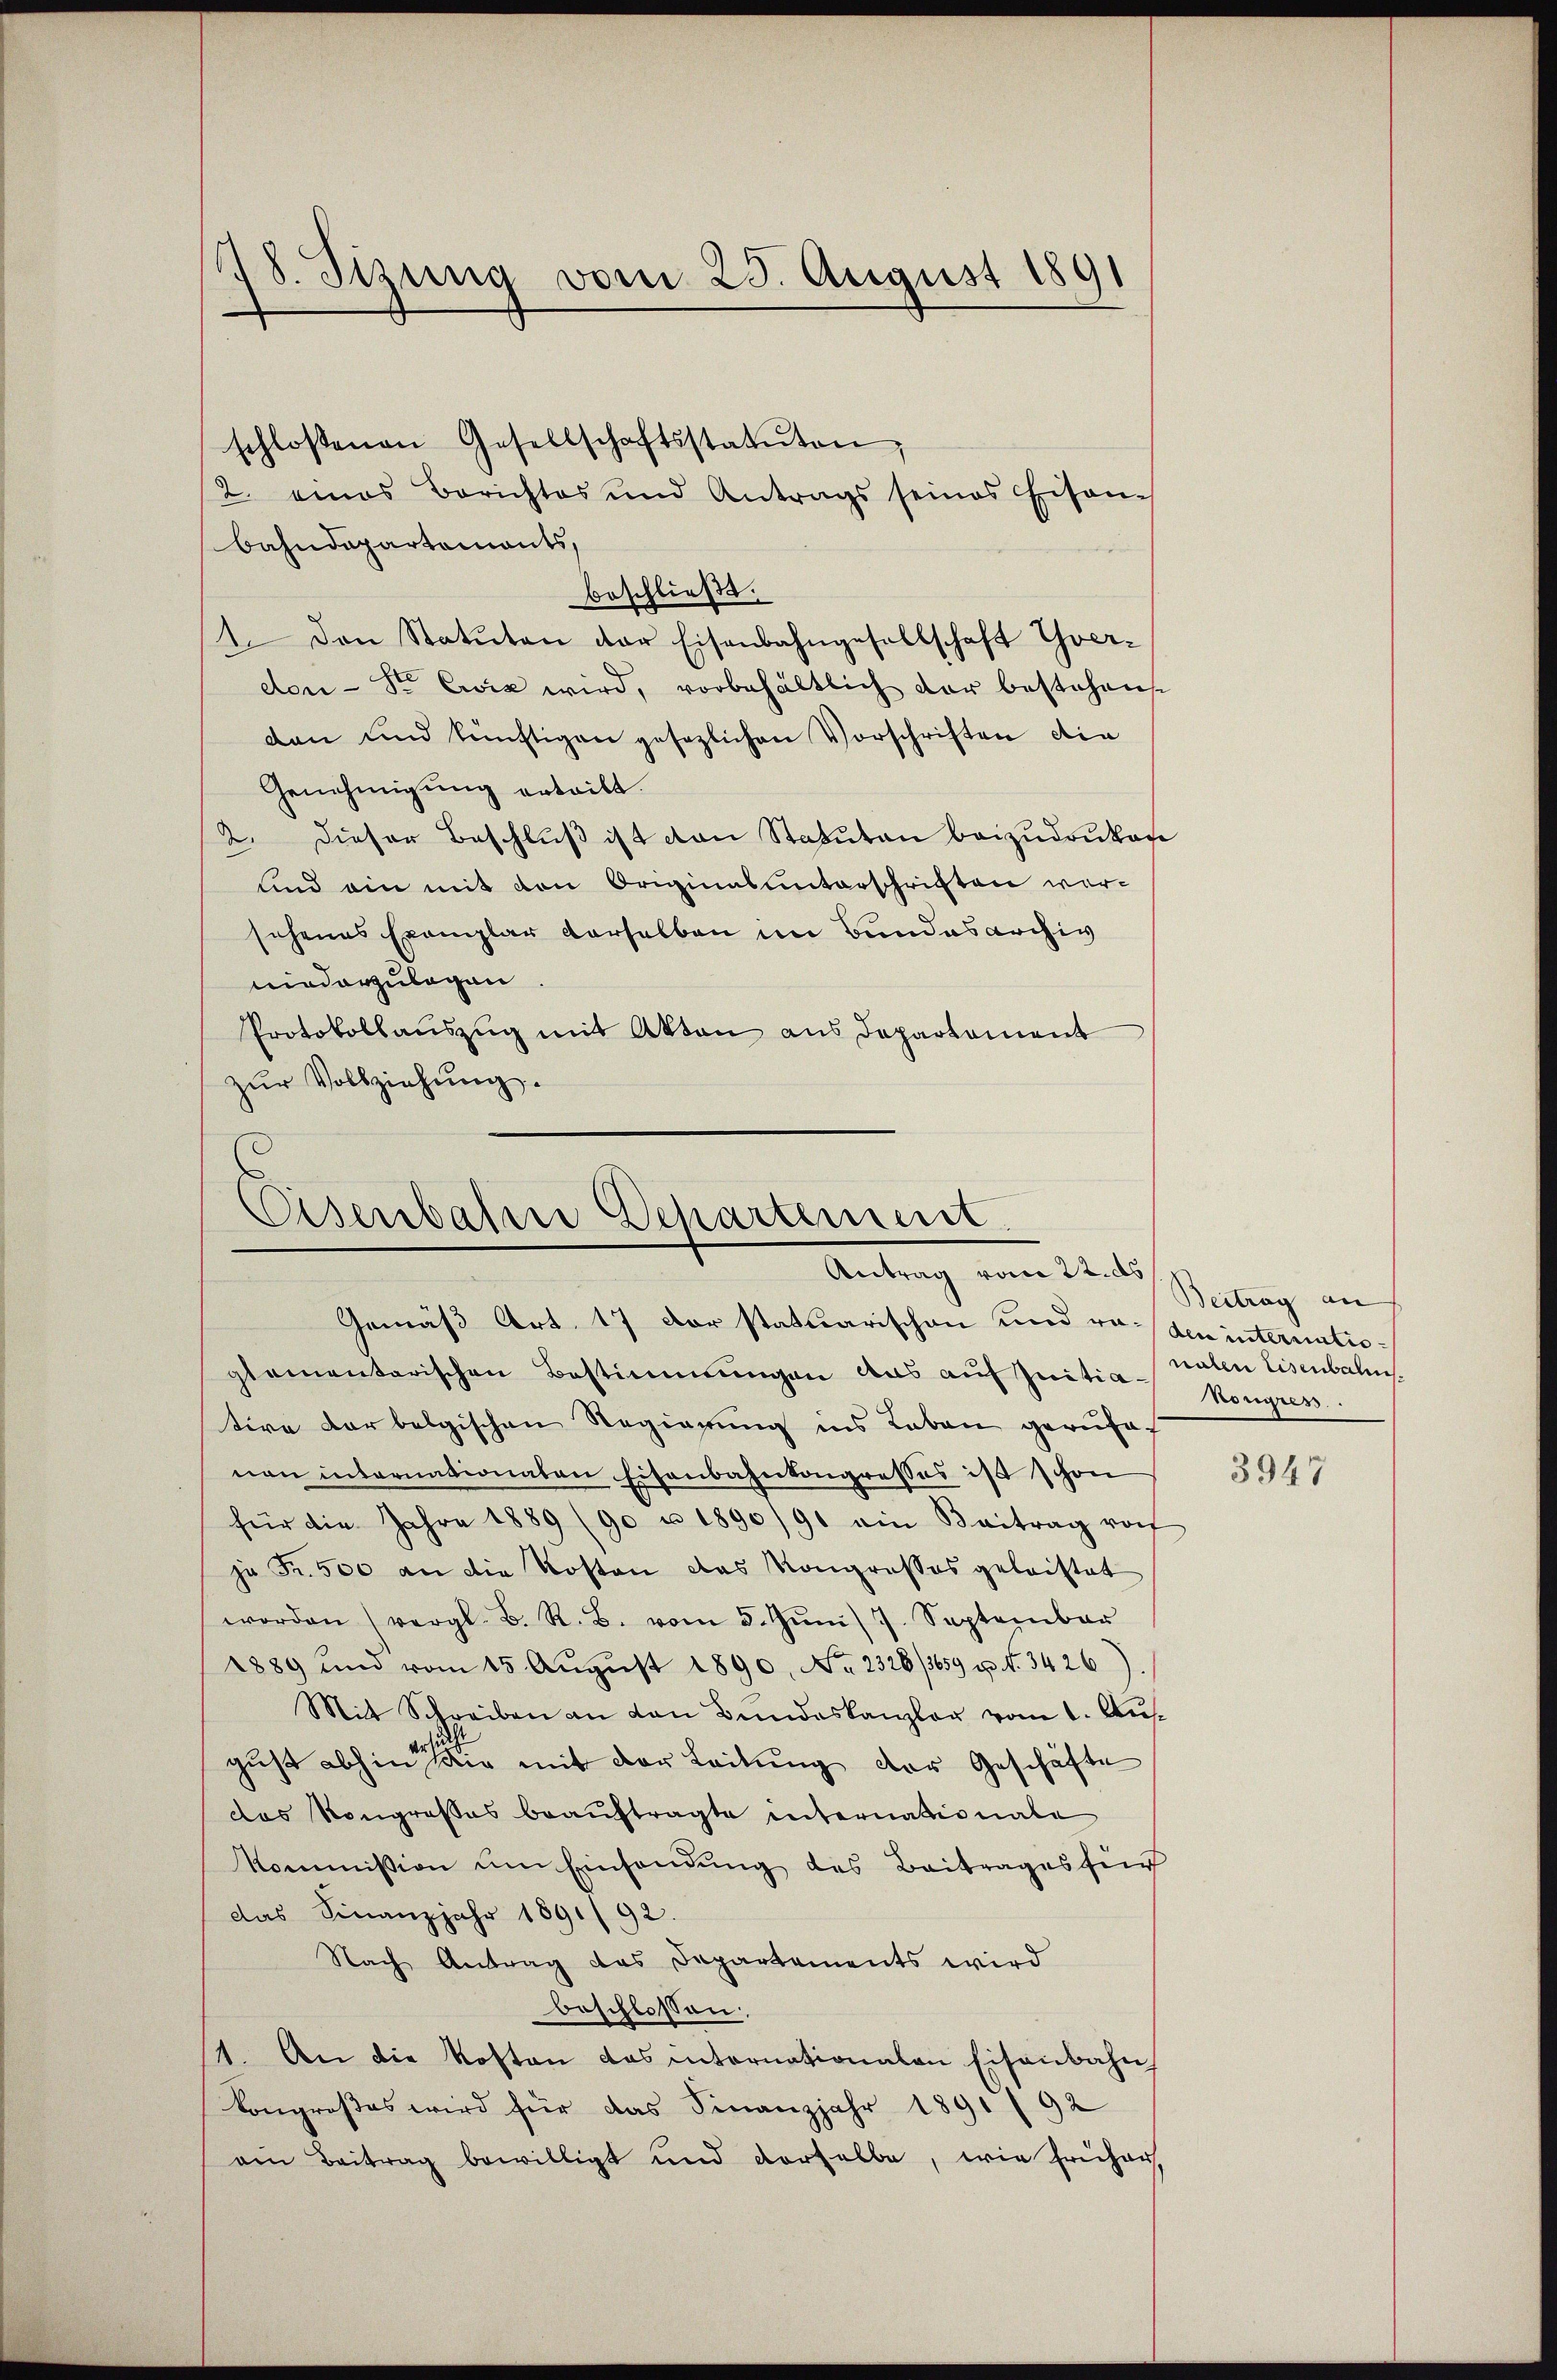
78. Sizung vom 25. August 1891

2. eines Berichtes und Antrags seines Eisen-
bahndepartements,
beschließt:
1. Den Statuten der Eisenbahngesellschaft ver-
don Sr Exia wird, vorbehältlich der bestehen.
dan und künftigen gesezlichen Vorschriften die
Genehmigung ertritt.
2. Dieser Beschlŭβ ist von Statuten beizudruken
und ein mit den Originalunterschriften wersehenes Exemplar derselben im Bundesarchiv
niederzulegen
Protokollauszug mit Akten aus Departament
zur Vollziehung.

schlossenen Gesellschaftsstatuten,

Eisenbahn Departement
Antrag vom 22. ds
Gemäß Art. 17 der statuarischen und reden internatio¬

glementarischen Bestimmungen aus auf Initia-
tive der belgischen Regierung ins Leben gerufe
nen internationaten Eisenbahnkongresses ist schon
für die Jahre 1889 (90 u 1890/90 ein Beitrag vo
ja Fr. 500 an die Kosten das Kongrosses geleistet
worden (vergl. B. R. B. vom 5. Jŭni 7. September
1889 und vom 15. Aŭgŭst 1890. No. 2328/3659 p. N. 3426)
Mit Schreiben an von Bundeskanzler vom 1. Aus-
gust abhin sei mit der Leitŭng der Geschäfte
das Kongroßes beauftragte internationale
kommission ŭm Einsendŭng des Beitrages für
das Finanzjahr 1891/92.
Nach Antrag das Departements wird
beschlossen:
1. An die Kosten das internationalen Eisenbahn
kongroßes wird für das Finanzjahr 1891/92
ein Beitrag bewilligt und derselbe, wie früher,

Beitrag an
nalen Eisenbalis
kongress.

3947